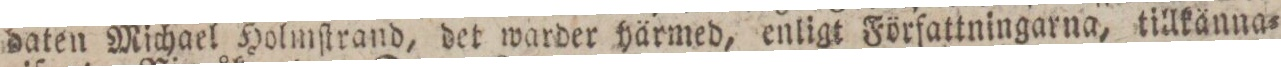
daten Michael Holmſtrand, det warder härmed, enligt Författningarna, tillkänna=